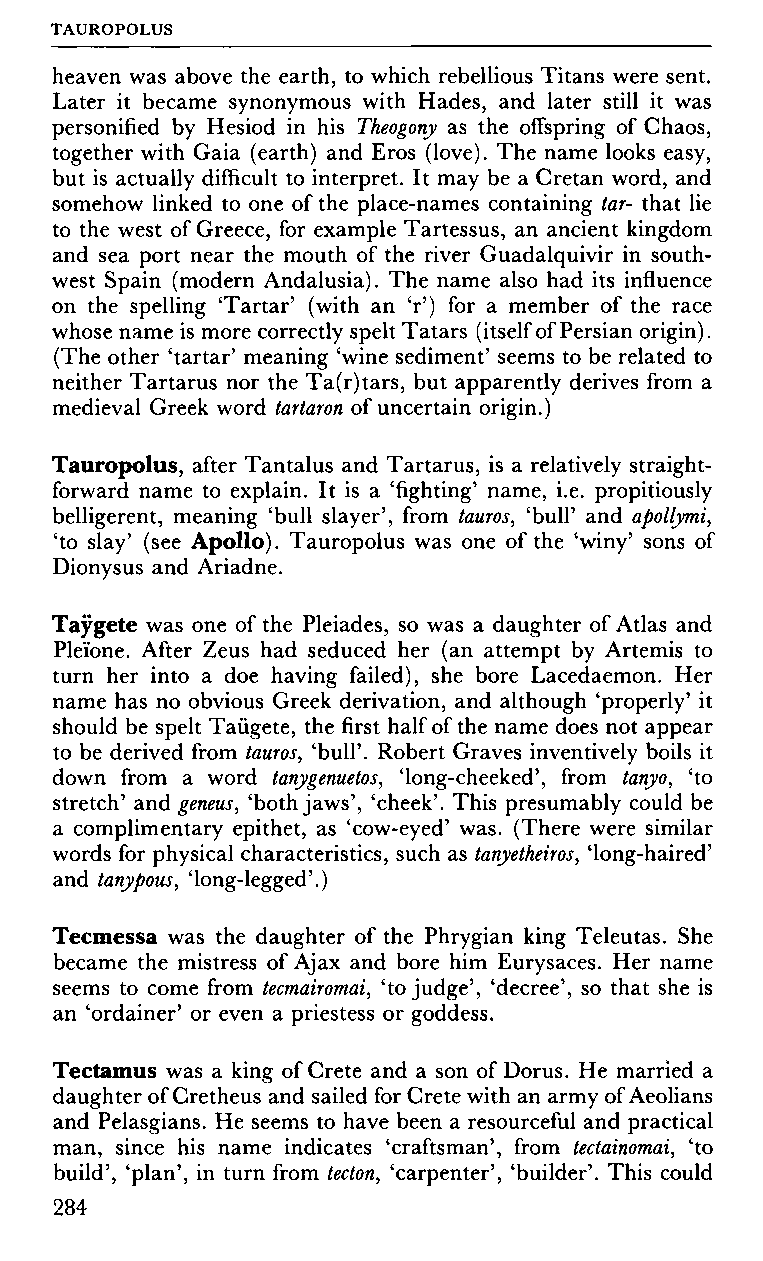
TAUROPOLUS
 heaven was above the earth, to which rebellious Titans were sent.
 Later it became synonymous with Hades, and later still it was
 personified by Hesiod in his Theogony as the offspring of Chaos,
 together with Gaia (earth) and Eros (love). The name looks easy,
 but is actually difficult to interpret. It may be a Cretan word, and
 somehow linked to one of the place-names containing tar- that lie
 to the west of Greece, for example Tartessus, an ancient kingdom
 and sea port near the mouth of the river Guadalquivir in south
 west Spain (modern Andalusia). The name also had its influence
 on the spelling 'Tartar' (with an V) for a member of the race
 whose name is more correctly spelt Tatars (itself of Persian origin).
 (The other 'tartar' meaning 'wine sediment' seems to be related to
 neither Tartarus nor the Ta(r)tars, but apparently derives from a
 medieval Greek word tartaron of uncertain origin.)
 Tauropolus, after Tantalus and Tartarus, is a relatively straight
 forward name to explain. It is a 'fighting' name, i.e. propitiously
 belligerent, meaning 'bull slayer', from tauros, 'bull' and apollymi,
 'to slay' (see Apollo). Tauropolus was one of the 'winy' sons of
 Dionysus and Ariadne.
 Taygete was one of the Pleiades, so was a daughter of Atlas and
 Plei'one. After Zeus had seduced her (an attempt by Artemis to
 turn her into a doe having failed), she bore Lacedaemon. Her
 name has no obvious Greek derivation, and although 'properly' it
 should be spelt Taügete, the first half of the name does not appear
 to be derived from tauros, 'bull'. Robert Graves inventively boils it
 down from a word tanygenuetos, 'long-cheeked', from tanyo, 'to
 stretch' and geneus, 'both jaws', 'cheek'. This presumably could be
 a complimentary epithet, as 'cow-eyed' was. (There were similar
 words for physical characteristics, such as tanyetheiros, 'long-haired'
 and tanypous, 'long-legged'.)
 Tecmessa was the daughter of the Phrygian king Teleutas. She
 became the mistress of Ajax and bore him Eurysaces. Her name
 seems to come from tecmairomai, 'to judge', 'decree', so that she is
 an 'ordainer' or even a priestess or goddess.
 Tectamus was a king of Crete and a son of Dorus. He married a
 daughter of Cretheus and sailed for Crete with an army of Aeolians
 and Pelasgians. He seems to have been a resourceful and practical
 man, since his name indicates 'craftsman', from tectainomai, 'to
 build', 'plan', in turn from tecton, 'carpenter', 'builder'. This could
 284